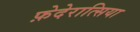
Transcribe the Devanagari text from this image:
फ़ेदेरात्सिया